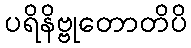
ပရိနိဗ္ဗုတောတိပိ